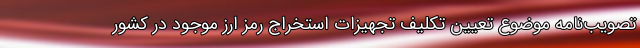
تصویب‌نامه موضوع تعیین تکلیف تجهیزات استخراج رمز ارز موجود در کشور